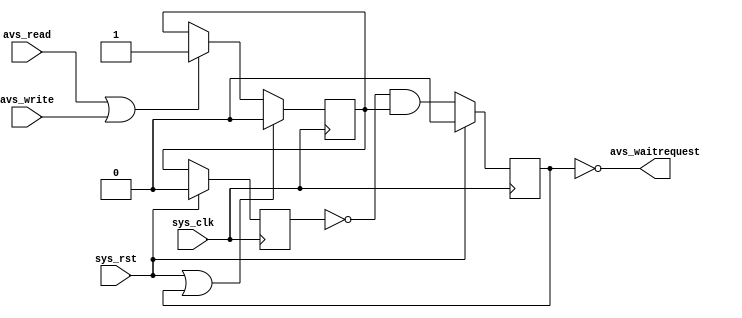
// avs_timing.v --- 
// 
// Description: 
// Maintainer: 
// Version: 
// Last-Updated: 
//           By: 
//     Update #: 0
// URL: 
// Keywords: 
// Compatibility: 
// 
// 

// Commentary: 
// 
// 
// 
// 

// Change log:
// 
// 
// 

// -------------------------------------
// Naming Conventions:
// 	active low signals                 : "*_n"
// 	clock signals                      : "clk", "clk_div#", "clk_#x"
// 	reset signals                      : "rst", "rst_n"
// 	generics                           : "C_*"
// 	user defined types                 : "*_TYPE"
// 	state machine next state           : "*_ns"
// 	state machine current state        : "*_cs"
// 	combinatorial signals              : "*_com"
// 	pipelined or register delay signals: "*_d#"
// 	counter signals                    : "*cnt*"
// 	clock enable signals               : "*_ce"
// 	internal version of output port    : "*_i"
// 	device pins                        : "*_pin"
// 	ports                              : - Names begin with Uppercase
// Code:
module avs_timing (/*AUTOARG*/
   // Outputs
   avs_waitrequest,
   // Inputs
   sys_clk, sys_rst, avs_read, avs_write
   );
   input sys_clk;
   input sys_rst;

   input avs_read;
   input avs_write;
   output avs_waitrequest;

   reg 	  register_ready_reg;
   reg 	  register_access_sreg;
   always @(posedge sys_clk)
     begin
	if (sys_rst || register_ready_reg)
	  begin
	     register_access_sreg <= 1'b0;
	  end
	else if (avs_read | avs_write)
	  begin
	     register_access_sreg <= 1'b1;
	  end
     end // always @ (posedge unex_clk)
   wire register_access;
   assign register_access = register_access_sreg;

   reg 	register_access_reg;
   always @(posedge sys_clk)
     begin
	if (sys_rst)
	  begin
	     register_access_reg <= 1'b0;
	  end
	else
	  begin
	     register_access_reg <= register_access;
	  end
     end // always @ (posedge unex_clk)

   wire register_access_rise;
   assign register_access_rise = ~register_access_reg & register_access;

   always @(posedge sys_clk)
     begin
	if (sys_rst)
	  begin
	     register_ready_reg <= 1'b0;
	  end
	else
	  begin
	     register_ready_reg <= register_access_rise;
	  end
     end
   assign avs_waitrequest = ~register_ready_reg;
endmodule
//
// avs_timing.v ends here